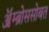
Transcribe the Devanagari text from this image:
ॲम्ब्रोससोबत